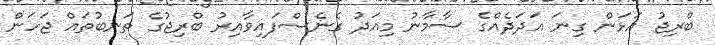
ބްރިޖު އަޅަން ގިނަ އަދަދެއްގެ ސާމާނު މިއަދު ގެނެސްފައިވާއިރު ބްރިޖުގެ ތަނބުތައް ޖަހަން